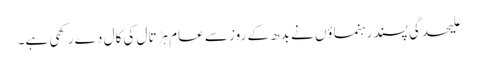
علیحدگی پسند رہنماؤں نے بدھ کے روز سے عام ہڑتال کی کال دے رکھی ہے۔